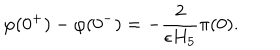
LaTeX: \varphi ( 0 ^ { + } ) - \varphi ( 0 ^ { - } ) = - { \frac { 2 } { \epsilon H _ { 5 } } } \pi ( 0 ) .